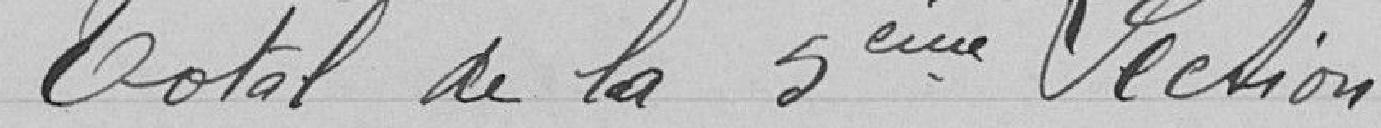
Total de la 5eme Section